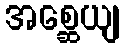
အစ္ဆေယျ